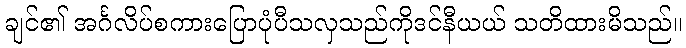
ချင်၏ အင်္ဂလိပ်စကားပြောပုံပီသလှသည်ကိုဒင်နီယယ် သတိထားမိသည်။